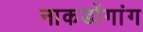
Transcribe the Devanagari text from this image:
नाकडोंगांग